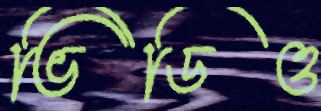
ভিডিও